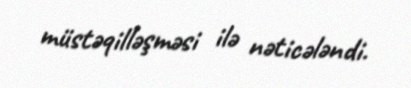
müstəqilləşməsi ilə nəticələndi.